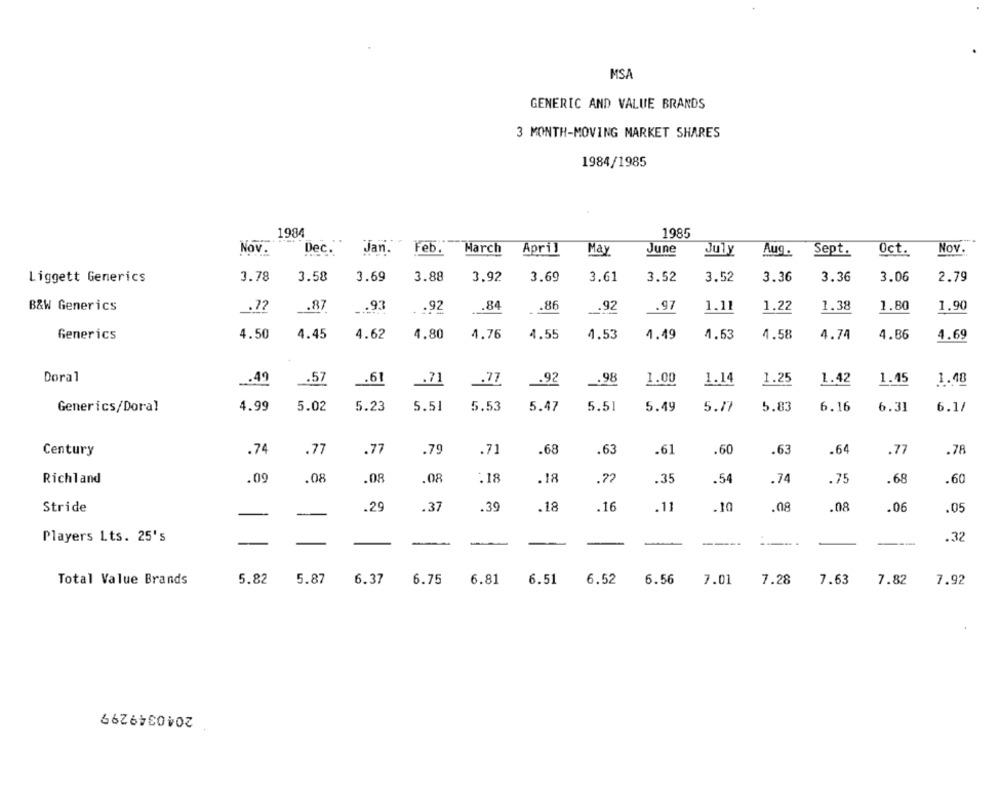
MSA
GENERIC AND VALUE BRANDS
3 MONTH-MOVING MARKET SHARES
1984/1985
1984
1985
Nov.
Dec.
Jan. Feb.
Harch
April
May
June
July
Aug.
Sept.
Oct.
Nov.
3.78
3.58
3.69
3.88
3.92
3.69
3.61
3.52
3.52
3.36
3.36
3.06
2.79
Liggett Generics
B&W Generics
.72
_. 87
... 93
.92
.84
.86
.92
.97
1.11
1.22
1.38
1.80
1.90
Generics
4.50
4.45
4.62
4,80
4.76
4.55
4.53
1.49
4.63
4.58
4.74
4.86
4.69
Doral
.. 49
.. 61
.92
.98
1.00
1.14
1.25
1.42
1.45
1.48
_. 57
.71
.77
Generics/Doral
4.99
5.02
5.23
5.51
5.53
5.47
5.51
5.49
5.77
5.83
6.16
6.31
6.1/
Century
.74
.77
.77
.79
.71
.68
.63
.61
.60
.63
.64
.77
.78
Richland
.09
.08
.08
.08
:18
.18
.72
.35
.54
.74
.75
.68
.60
.29
.18
.16
.11
Stride
.37
.39
.10
.08
.08
.06
.05
Players Lts. 25's
.32
-
-
----
Total Value Brands
5.82
5.87
6.37
6.75
6.81
6.51
6.52
6.56
7.01
7.28
7.63
7.82
7.92
2040349299